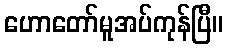
ဟောတော်မူအပ်ကုန်ပြီ။